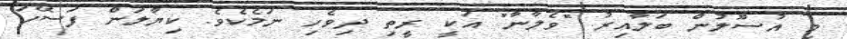
މި އުސޫލުން ބަލާއިރު "ވެލާނާ" އަކީ ރީތި ދިވެހި ނަމެކެވެ. ކިޔާލަން ފަސޭހަ